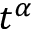
t ^ { \alpha }